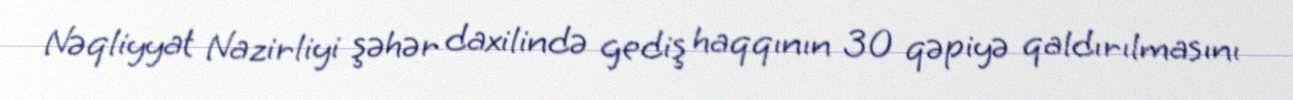
Nəqliyyat Nazirliyi şəhər daxilində gediş haqqının 30 qəpiyə qaldırılmasını